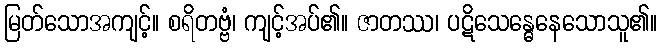
မြတ်သောအကျင့်။ စရိတဗ္ဗံ၊ ကျင့်အပ်၏။ ဇာတဿ၊ ပဋိသေန္ဓေနေသောသူ၏။